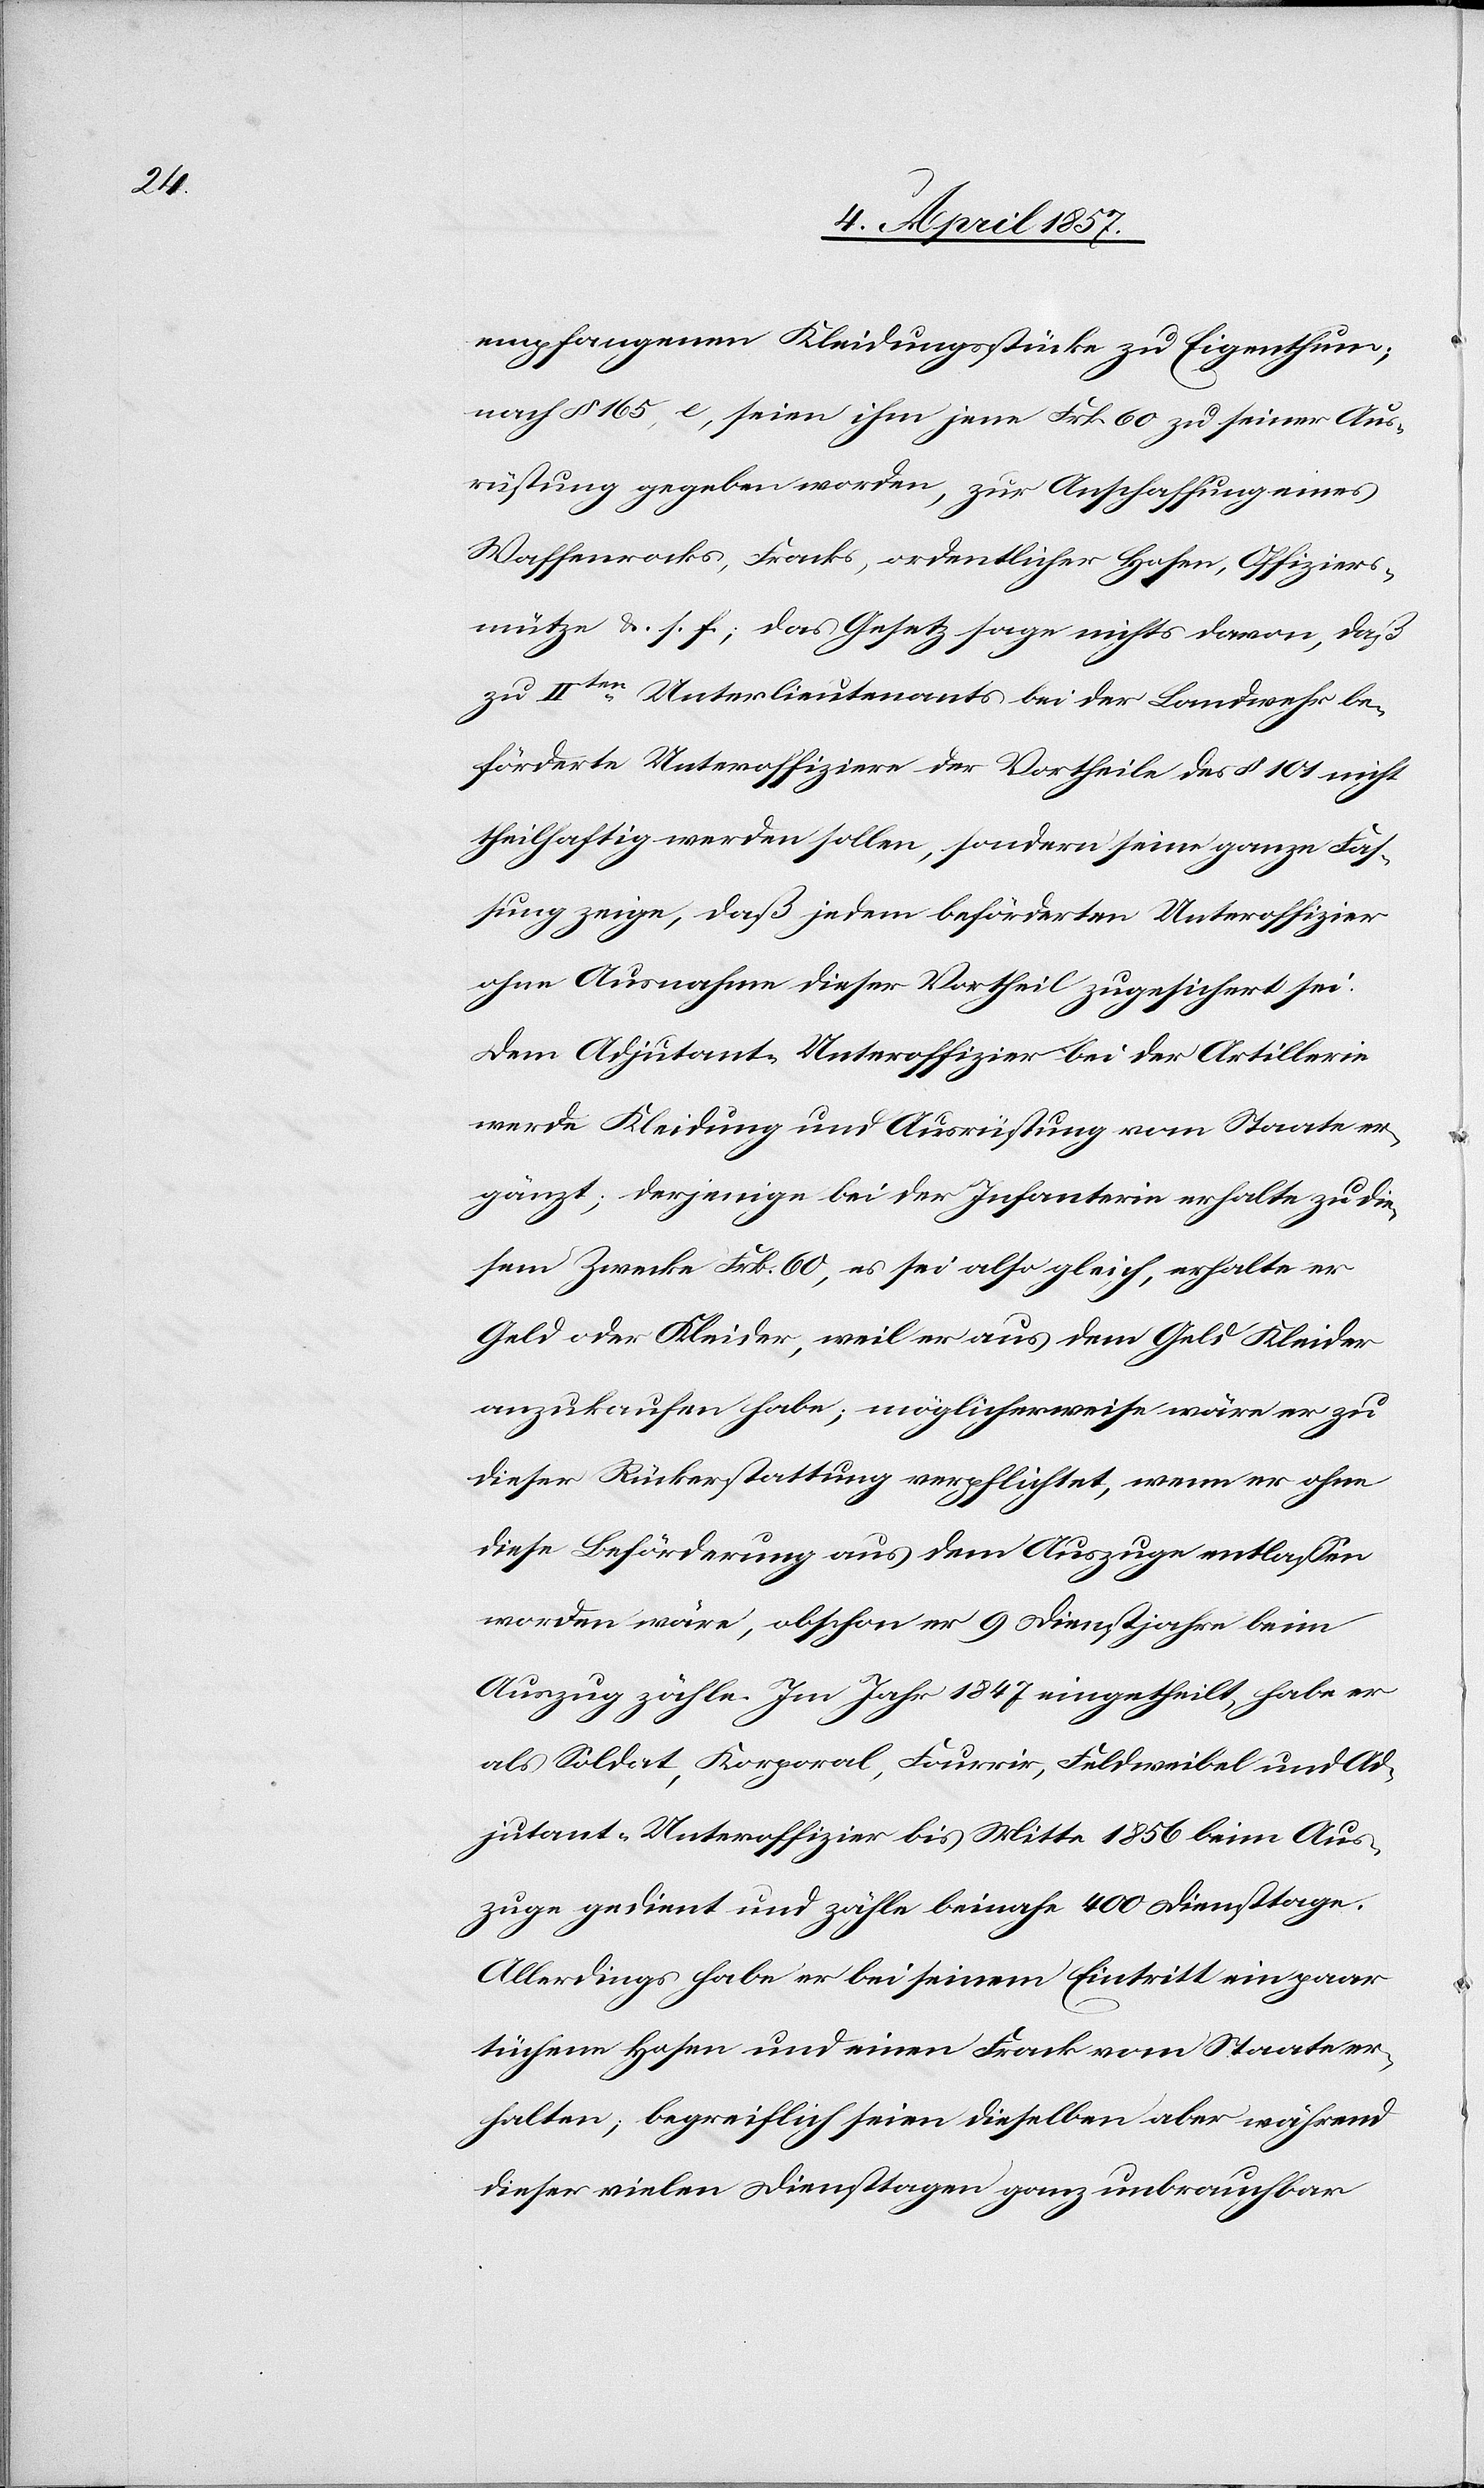
empfangenen Kleidungsstücke zu Eigenthum;
nach § 165, e, seien ihm jene Frk. 60 zu seiner Aus¬
rüstung gegeben worden, zur Anschaffung eines
Waffenrocks, Fracks, ordentlicher Hosen, Offiziers¬
mütze &. s. f.; das Gesetz sage nichts davon, daß
zu IIten Unterlieutenants bei der Landwehr be¬
förderte Unteroffiziere der Vortheile des § 101 nicht
theilhaftig werden sollen, sondern seine ganze Fas¬
sung zeige, das jedem beförderten Unteroffizier
ohne Ausnahme dieser Vortheil zugesichert sei.
Dem Adjutant-Unteroffizier bei der Artillerie
werde Kleidung und Ausrüstung vom Staate er¬
gänzt; derjenige bei der Infanterie erhalte zu die¬
sem Zwecke Frk. 60, es sei also gleich, erhalte er
Geld oder Kleider, weil er aus dem Geld Kleider
anzukaufen habe; möglicherweise wäre er zu
dieser Rückerstattung verpflichtet, wenn er ohne
diese Beförderung aus dem Auszuge entlassen
worden wäre, obschon er 9 Dienstjahre beim
Auszug zähle. Im Jahr 1847 eingetheilt, habe er
als Soldat, Korporal, Fourrir, Feldweibel und Ad¬
jutant-Unteroffizier bis Mitte 1856 beim Aus¬
zuge gedient und zähle beinahe 400 Diensttage.
Allerdings habe er bei seinem Eintritt ein paar
tüchene Hosen und einen Frack vom Staate er¬
halten; begreiflich seien dieselben aber während
dieser vielen Diensttagen ganz unbrauchbar